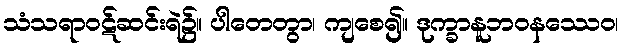
သံသရာဝဋ်ဆင်းရဲ၌။ ပါတေတွာ၊ ကျစေ၍။ ဒုက္ခာနူဘဝနဿေဝ၊